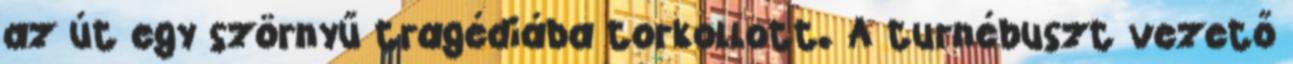
az út egy szörnyű tragédiába torkollott. A turnébuszt vezető